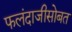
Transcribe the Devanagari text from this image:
फलंदाजीसोबत